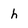
Character: h